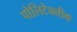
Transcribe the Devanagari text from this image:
पोलिटेक्नीक